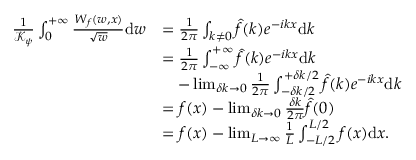
\begin{array} { r l } { \frac { 1 } { \mathcal { K } _ { \psi } } \int _ { 0 } ^ { + \infty } \frac { W _ { f } ( w , x ) } { \sqrt { w } } \mathrm { d } w } & { = \frac { 1 } { 2 \pi } \int _ { k \neq 0 } \hat { f } ( k ) e ^ { - i k x } \mathrm { d } k } \\ & { = \frac { 1 } { 2 \pi } \int _ { - \infty } ^ { + \infty } \hat { f } ( k ) e ^ { - i k x } \mathrm { d } k } \\ & { \quad - \operatorname* { l i m } _ { \delta k \rightarrow 0 } \frac { 1 } { 2 \pi } \int _ { { - } \delta k / 2 } ^ { { + } \delta k / 2 } \hat { f } ( k ) e ^ { - i k x } \mathrm { d } k } \\ & { = f ( x ) - \operatorname* { l i m } _ { \delta k \rightarrow 0 } \frac { \delta k } { 2 \pi } \hat { f } ( 0 ) } \\ & { = f ( x ) - \operatorname* { l i m } _ { L \rightarrow \infty } \frac { 1 } { L } \int _ { - L / 2 } ^ { L / 2 } f ( x ) \mathrm { d } x . } \end{array}